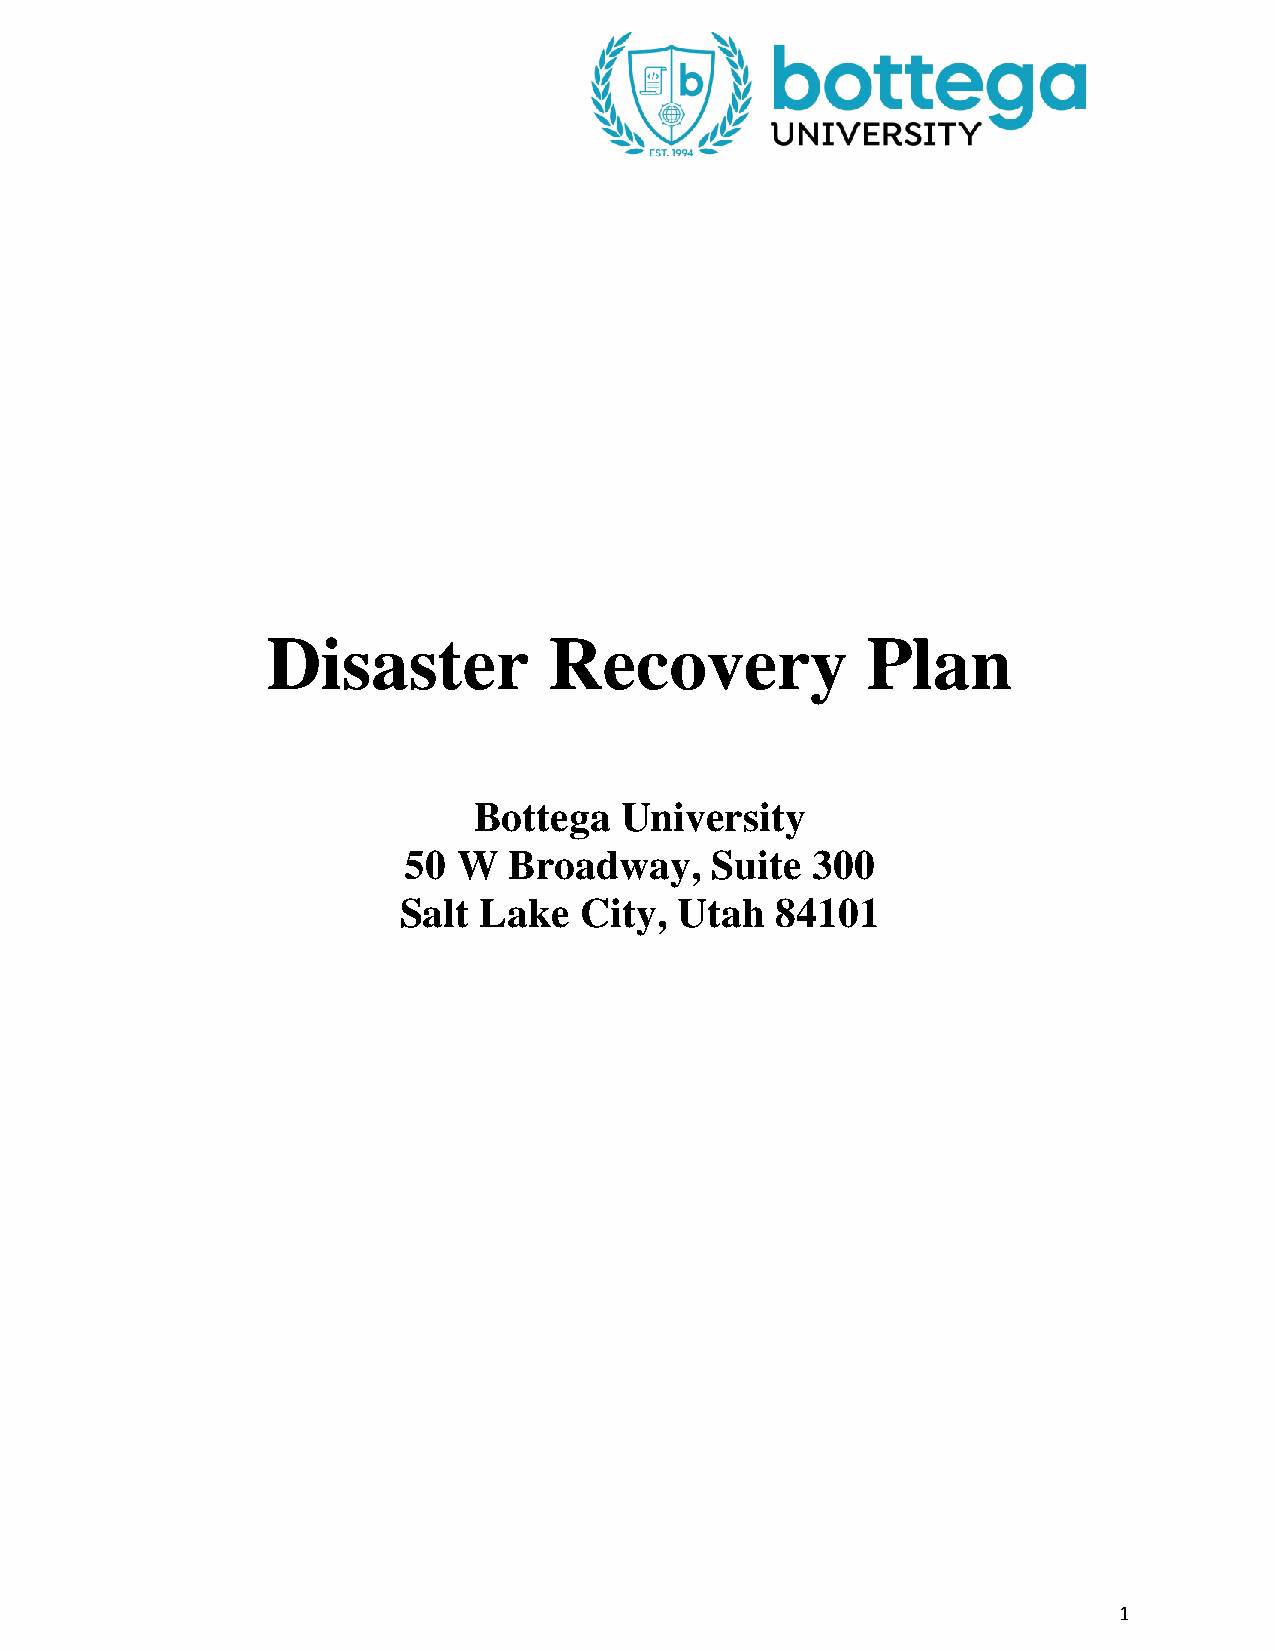
Disaster          Recovery             Plan
 Bottega   University
 50 W   Broadway,    Suite  300
 Salt  Lake  City,  Utah  84101
 1